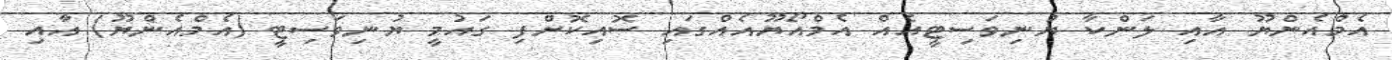
އެމްއެންޔޫ އާއި ލަންކާ ޔުނިވަސިޓީއެއް އެމްއޯޔޫއެއްގައި ސޮއިކޮށްފި ގައުމީ ޔުނިވަސިޓީ (އެމްއެންޔޫ) އާއި